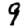
Digit: 9